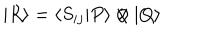
| R \rangle = \langle S _ { i j } | P \rangle \otimes | Q \rangle